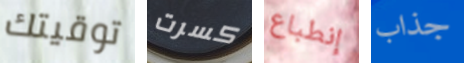
توقيتك كسرت إنطباع جذاب